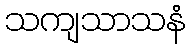
သကျသာသနံ